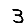
Digit: 3